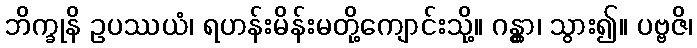
ဘိက္ခုနိ ဥပဿယံ၊ ရဟန်းမိန်းမတို့ကျောင်းသို့။ ဂန္တွာ၊ သွား၍။ ပဗ္ဗဇိ၊